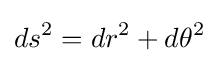
ds^{2}=dr^{2}+d\theta ^{2}